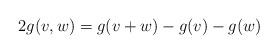
LaTeX: \begin{align*}2g(v,w)=g(v+w)-g(v)-g(w) \end{align*}